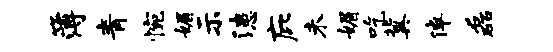
簿青惋媚示漶庇未媚吃冀倬磊